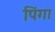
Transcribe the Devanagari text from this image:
पिंगा